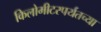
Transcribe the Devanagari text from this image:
किलोमीटरपर्यंतच्या